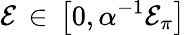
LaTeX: \mathcal{E}\, \in\, \bigl[0,\alpha^{-1}\mathcal{E}_{\pi}\bigr]